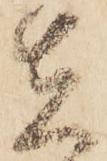
在